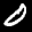
Label: 0